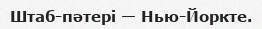
Штаб-пәтері — Нью-Йоркте.